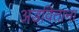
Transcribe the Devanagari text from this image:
अडविताना